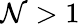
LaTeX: \mathcal{N}>1